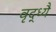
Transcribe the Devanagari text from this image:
वृद्ध्यै